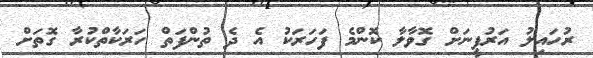
ރުހައިލު އަރުފީނަށް ގޮވާލާ ކޮންމެ ފަހަރަކު އެ ދެ ތުންފަތް ހަރަކާތްކުރާ ގޮތަށް